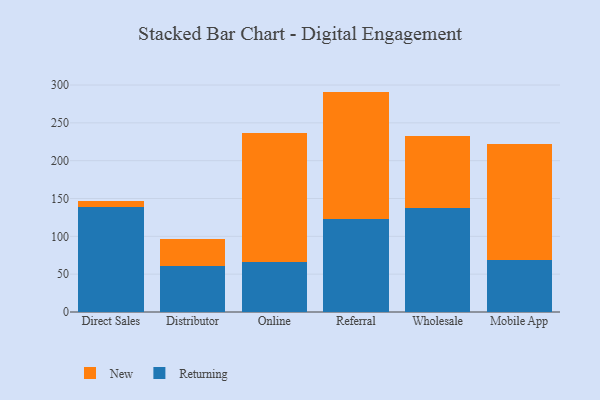
{"axis": {"x": "Channel", "y": "Net Income (USD K)"}, "legend": ["New", "Returning"], "data": [{"x": "Direct Sales", "y": 139.0, "type": "Returning"}, {"x": "Direct Sales", "y": 7.4, "type": "New"}, {"x": "Distributor", "y": 60.9, "type": "Returning"}, {"x": "Distributor", "y": 35.5, "type": "New"}, {"x": "Online", "y": 65.6, "type": "Returning"}, {"x": "Online", "y": 171.0, "type": "New"}, {"x": "Referral", "y": 123.3, "type": "Returning"}, {"x": "Referral", "y": 168.0, "type": "New"}, {"x": "Wholesale", "y": 137.4, "type": "Returning"}, {"x": "Wholesale", "y": 94.6, "type": "New"}, {"x": "Mobile App", "y": 68.3, "type": "Returning"}, {"x": "Mobile App", "y": 154.3, "type": "New"}]}